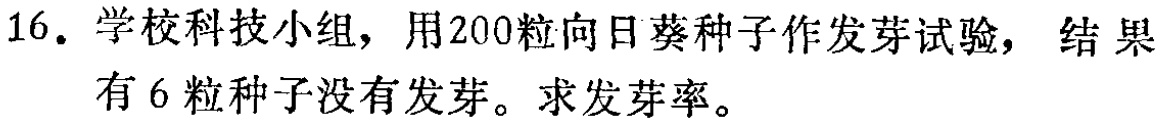
16. 学校科技小组，用200粒向日葵种子作发芽试验，结果有6粒种子没有发芽。求发芽率。